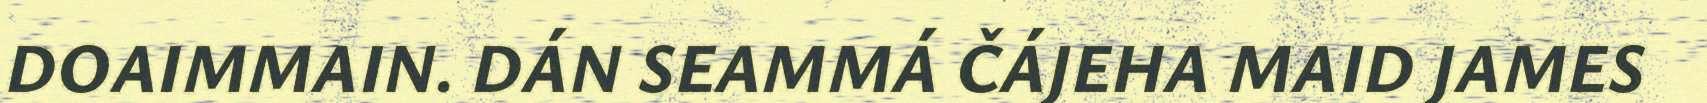
DOAIMMAIN. DÁN SEAMMÁ ČÁJEHA MAID JAMES